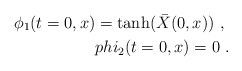
\begin{align*}\phi_1 (t=0,x) = \tanh ({\bar X}(0,x)) \ , \ \\phi_2 (t=0,x) = 0 \ .\end{align*}